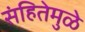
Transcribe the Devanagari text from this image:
संहितेमुळे